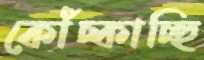
কোঁচ্‌কাচ্ছি